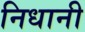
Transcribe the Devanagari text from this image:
निधानी